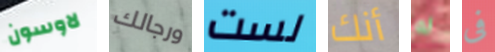
لاوسون ورجالك لست أنك له فى